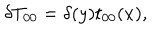
LaTeX: \delta T _ { 0 0 } = \delta ( y ) t _ { 0 0 } ( x ) ,